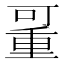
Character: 𠽚